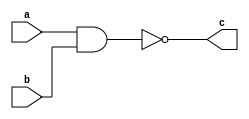
module some_logic_component(c,a,b);
	output c;
	input a, b;
	wire d;
	and a1(d,a,b);
	not n1(c, d);
endmodule